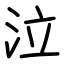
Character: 泣